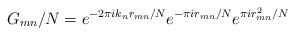
LaTeX: \begin{align*}G_{mn}/N = e^{-2\pi i k_n r_{mn} / N} e^{-\pi i r_{mn}/N} e^{\pi i r_{mn}^2 / N} \end{align*}